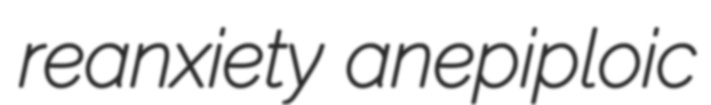
reanxiety anepiploic